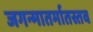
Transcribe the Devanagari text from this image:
जगन्मातर्मातस्तव